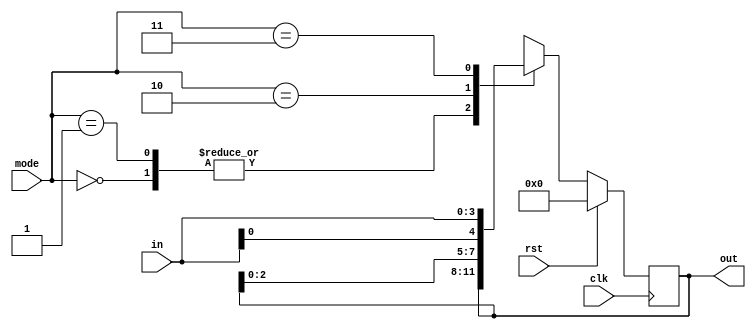
`timescale 1ns / 1ps
module universal_shift_register (out, clk, rst, mode, in);
  output reg [3:0] out;
  input clk, rst;
  input [1:0] mode;
  input [3:0] in;
always @(posedge clk)
  begin
    if(rst)
      out <= 0;
    else
      begin
        case(mode)
          2'b00 : out <= out;     
          2'b01 : out <= {in[0], out[3:0]};
          2'b10 : out <= {out[2:0], in[0]};
          2'b11 : out <= in;    
        endcase
      end
  end
endmodule